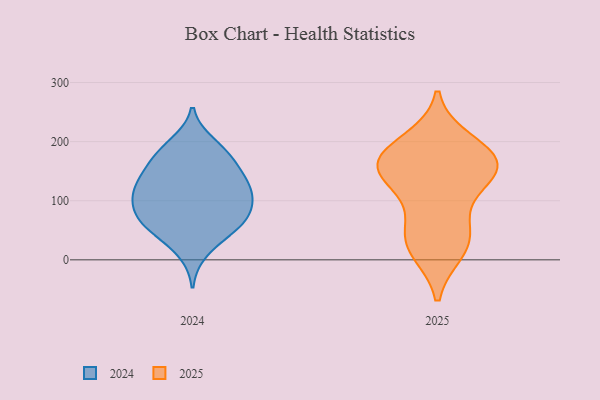
{"axis": {"x": "Operating Costs (USD K)", "y": "Value"}, "legend": ["2024", "2025"], "data": [{"x": "", "y": 45, "type": "2024"}, {"x": "", "y": 120, "type": "2024"}, {"x": "", "y": 80, "type": "2024"}, {"x": "", "y": 94, "type": "2024"}, {"x": "", "y": 124, "type": "2024"}, {"x": "", "y": 190, "type": "2024"}, {"x": "", "y": 60, "type": "2024"}, {"x": "", "y": 169, "type": "2024"}, {"x": "", "y": 68, "type": "2024"}, {"x": "", "y": 91, "type": "2024"}, {"x": "", "y": 68, "type": "2024"}, {"x": "", "y": 142, "type": "2024"}, {"x": "", "y": 173, "type": "2024"}, {"x": "", "y": 50, "type": "2024"}, {"x": "", "y": 197, "type": "2024"}, {"x": "", "y": 157, "type": "2024"}, {"x": "", "y": 130, "type": "2024"}, {"x": "", "y": 13, "type": "2024"}, {"x": "", "y": 116, "type": "2024"}, {"x": "", "y": 109, "type": "2024"}, {"x": "", "y": 180, "type": "2025"}, {"x": "", "y": 16, "type": "2025"}, {"x": "", "y": 148, "type": "2025"}, {"x": "", "y": 175, "type": "2025"}, {"x": "", "y": 23, "type": "2025"}, {"x": "", "y": 125, "type": "2025"}, {"x": "", "y": 63, "type": "2025"}, {"x": "", "y": 200, "type": "2025"}, {"x": "", "y": 41, "type": "2025"}, {"x": "", "y": 153, "type": "2025"}, {"x": "", "y": 150, "type": "2025"}, {"x": "", "y": 164, "type": "2025"}]}